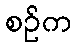
စဉ်က